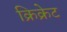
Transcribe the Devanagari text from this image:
क्रिक्रेट